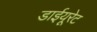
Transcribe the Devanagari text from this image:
डाईयूरेट